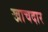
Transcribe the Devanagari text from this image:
खाचदार